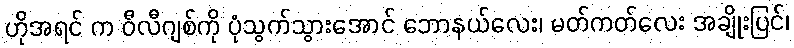
ဟိုအရင် က ဝီလီဂျစ်ကို ပုံသွက်သွားအောင် ဘောနယ်လေး၊ မတ်ကတ်လေး အချိုးပြင်၊